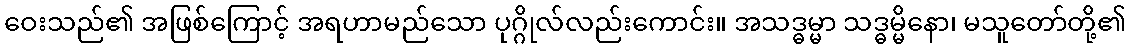
ဝေးသည်၏ အဖြစ်ကြောင့် အရဟာမည်သော ပုဂ္ဂိုလ်လည်းကောင်း။ အသဒ္ဓမ္မာ သဒ္ဓမ္မိနော၊ မသူတော်တို့၏